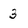
Character: 3